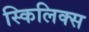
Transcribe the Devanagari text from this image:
स्किलिक्स